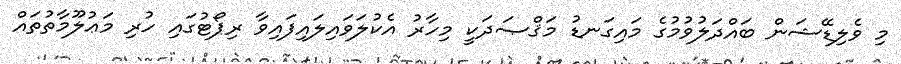
މި ވެލިޑޭޝަން ބައްދަލުވުމުގެ މައިގަނޑު މަޤްޞަދަކީ މިހާރު އެކުލަވައިލައިފައިވާ ރިޕޯޓުގައި ހުރި މަޢުލޫމާތުތައް